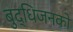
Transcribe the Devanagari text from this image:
बुद्धिजनको